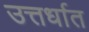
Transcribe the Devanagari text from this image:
उत्तर्धात